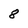
Character: 8